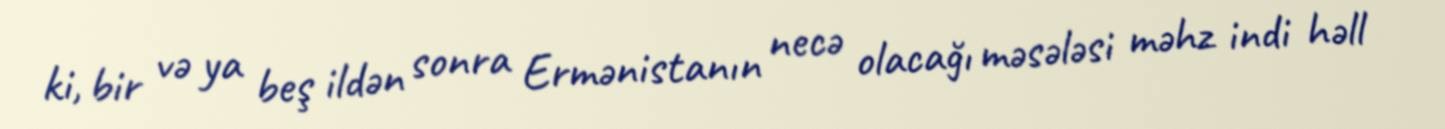
ki, bir və ya beş ildən sonra Ermənistanın necə olacağı məsələsi məhz indi həll